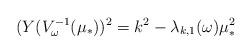
LaTeX: \begin{align*}(Y(V_\omega^{-1}(\mu_*))^2 = k^2 - \lambda_{k,1}(\omega) \mu_*^2\end{align*}